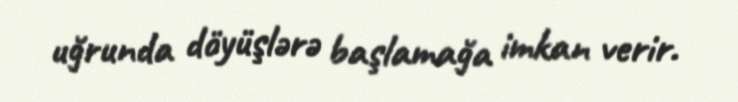
uğrunda döyüşlərə başlamağa imkan verir.